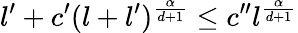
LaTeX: l^{\prime}+c^{\prime}(l+l^{\prime})^{\frac{\alpha}{d+1}}\leq c^{\prime\prime}l^{\frac{\alpha}{d+1}}